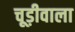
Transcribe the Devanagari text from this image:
चूड़ीवाला